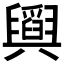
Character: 𦦪